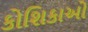
કોશિકાઓ